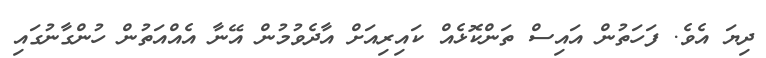
ދިޔަ އެވެ. ފަހަތުން އައިސް ތަންކޮޅެއް ކައިރިއަށް އާދެވުމުން އޭނާ އެއްއަތުން ހުންގާނުގައި